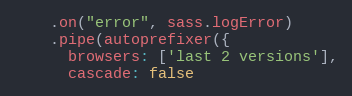
Language: JavaScript
    .on("error", sass.logError)
    .pipe(autoprefixer({
      browsers: ['last 2 versions'],
      cascade: false